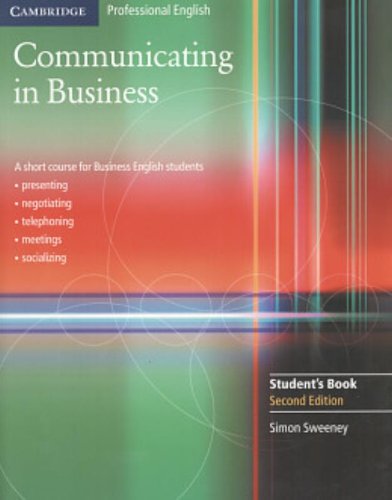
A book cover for Communicating in Business: A Short Course for Business English Students, 2nd Edition (Cambridge Professional English); Simon Sweeney; Business & Money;